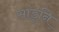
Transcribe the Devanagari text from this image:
सांडूनि